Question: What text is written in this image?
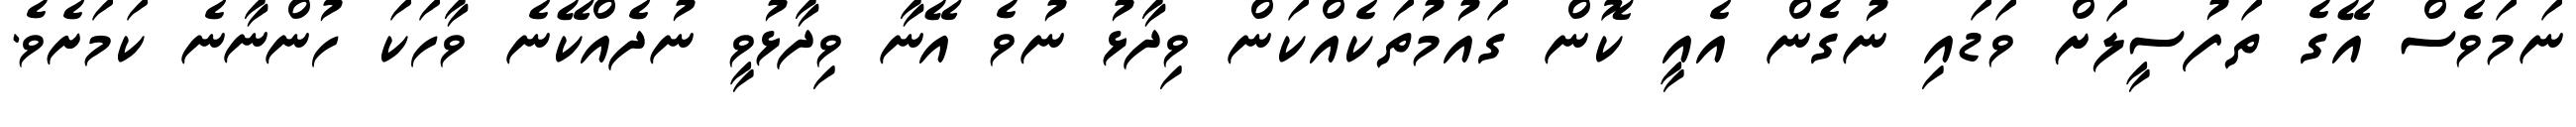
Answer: ނަމަވެސް އޭގެ ތަފުސީލަށް ވަޑައި ނުގެން އެއީ ކޮން ގައުމުތަކެއްކަން ވިދާޅު ނުވެ އޭނާ ވިދާޅުވީ ނުދެއްކޭނެ ވާހަކަ ހުންނާނެ ކަމަށެވެ.